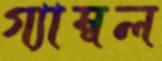
গ্যাম্বল